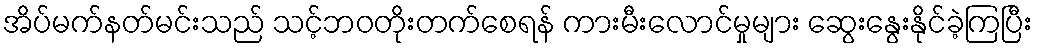
အိပ်မက်နတ်မင်းသည် သင့်ဘဝတိုးတက်စေရန် ကားမီးလောင်မှုများ ဆွေးနွေးနိုင်ခဲ့ကြပြီး